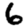
Digit: 6